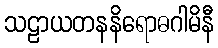
သဠာယတနနိရောဓဂါမိနီ